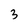
Character: 3